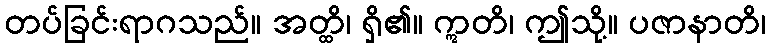
တပ်ခြင်းရာဂသည်။ အတ္ထိ၊ ရှိ၏။ ဣတိ၊ ဤသို့။ ပဇာနာတိ၊